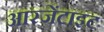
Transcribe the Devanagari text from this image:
आरजेंटाइट